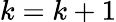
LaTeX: k=k+1